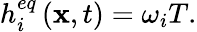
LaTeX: h_{i}^{eq}\left({{\mathbf{x}},t}\right)={\omega_{i}}T.